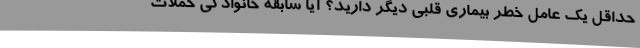
حداقل یک عامل خطر بیماری قلبی دیگر دارید؟ آیا سابقه خانوادگی حملات